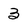
Character: 3